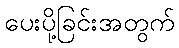
ပေးပို့ခြင်းအတွက်